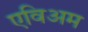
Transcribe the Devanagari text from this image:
एविअम